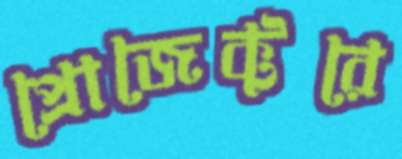
প্রোজেক্টরে